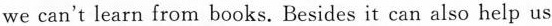
we can't learn from books. Besides it can also help us